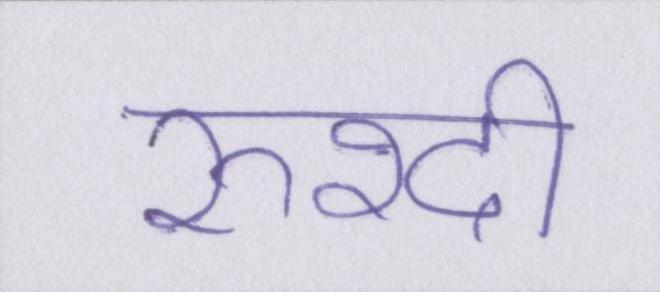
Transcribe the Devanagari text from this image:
रुश्दी